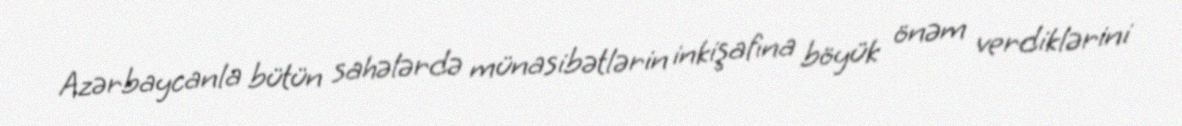
Azərbaycanla bütün sahələrdə münasibətlərin inkişafına böyük önəm verdiklərini